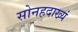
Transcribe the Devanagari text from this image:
सोनहदाख्यं